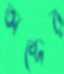
অব্দের